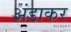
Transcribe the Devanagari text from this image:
अंडाकर